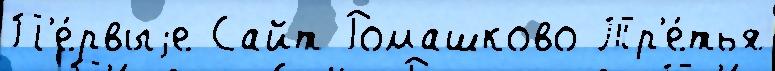
П'е́рвыjе Сайт Ромашково Тр'е́тья